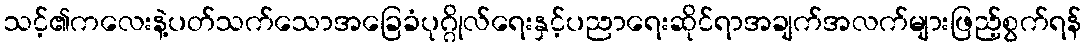
သင့်၏ကလေးနဲ့ပတ်သက်သောအခြေခံပုဂ္ဂိုလ်ရေးနှင့်ပညာရေးဆိုင်ရာအချက်အလက်များဖြည့်စွက်ရန်